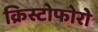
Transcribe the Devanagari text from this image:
क्रिस्टोफोरो